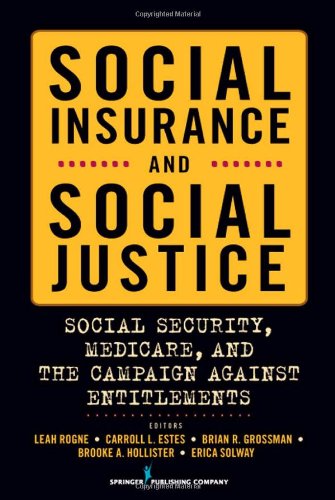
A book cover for Social Insurance and Social Justice: Social Security, Medicare and the Campaign Against Entitlements; Medical Books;